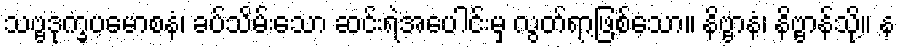
သဗ္ဗဒုက္ခပမောစနံ၊ ခပ်သိမ်းသော ဆင်းရဲအပေါင်းမှ လွတ်ရာဖြစ်သော။ နိဗ္ဗာနံ၊ နိဗ္ဗာန်သို့။ န